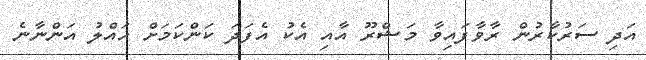
އަދި ސަރުކާރުން ރާވާފައިވާ މަޝްރޫ އާއި އެކު އެފަދަ ކަންކަމަށް ހައްލު އަންނާނެ